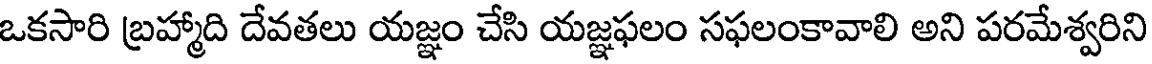
ఒకసారి బ్రహ్మాది దేవతలు యజ్ఞం చేసి యజ్ఞఫలం సఫలంకావాలి అని పరమేశ్వరిని